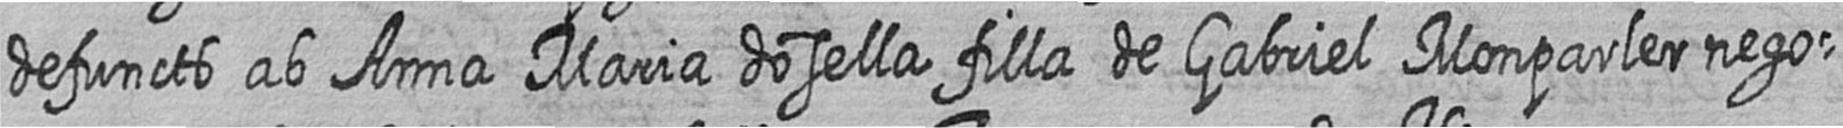
defuncts ab Anna Maria dosella filla de Gabriel Monparler nego=